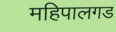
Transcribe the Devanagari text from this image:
महिपालगड